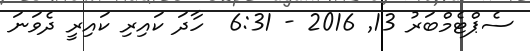
ސެޕްޓެމްބަރު 13